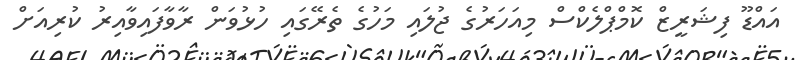
އައްޑޫ ފިޝަރީޒް ކޮމްޕްލެކްސް މިއަހަރުގެ ޖުލައި މަހުގެ ތެރޭގައި ހުޅުވަން ރާވާފައިވާއިރު ކުރިއަށް